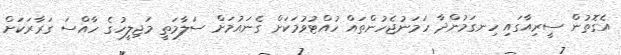
އެގޮތުން ސީރިއާގައި ހިނގަމުންދާ ހަމަނުޖެހުންތައް ހުއްޓުވުމަކަށް ގެނައުމަށް ސަލާމަތީ މަޖިލީހުގެ ހާއްސަ ގަރާރަކަށް